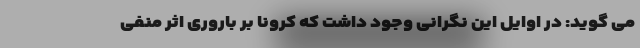
می گوید: در اوایل این نگرانی وجود داشت که کرونا بر باروری اثر منفی